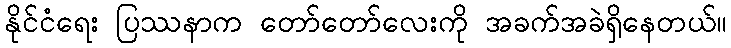
နိုင်ငံရေး ပြဿနာက တော်တော်လေးကို အခက်အခဲရှိနေတယ်။